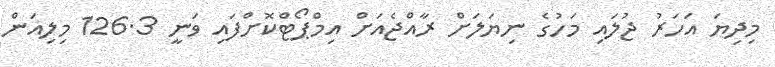
މިދިޔަ އަހަރު ޖުލައި މަހުގެ ނިޔަލަށް ރާއްޖެއަށް އިމްޕޯޓްކޮށްފައި ވަނީ 126.3 މިލިއަން